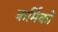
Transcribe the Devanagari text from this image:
कर्मिकाें